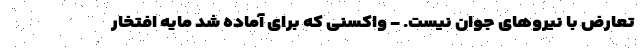
تعارض با نیرو‌های جوان نیست. - واکسنی که برای آماده شد مایه افتخار